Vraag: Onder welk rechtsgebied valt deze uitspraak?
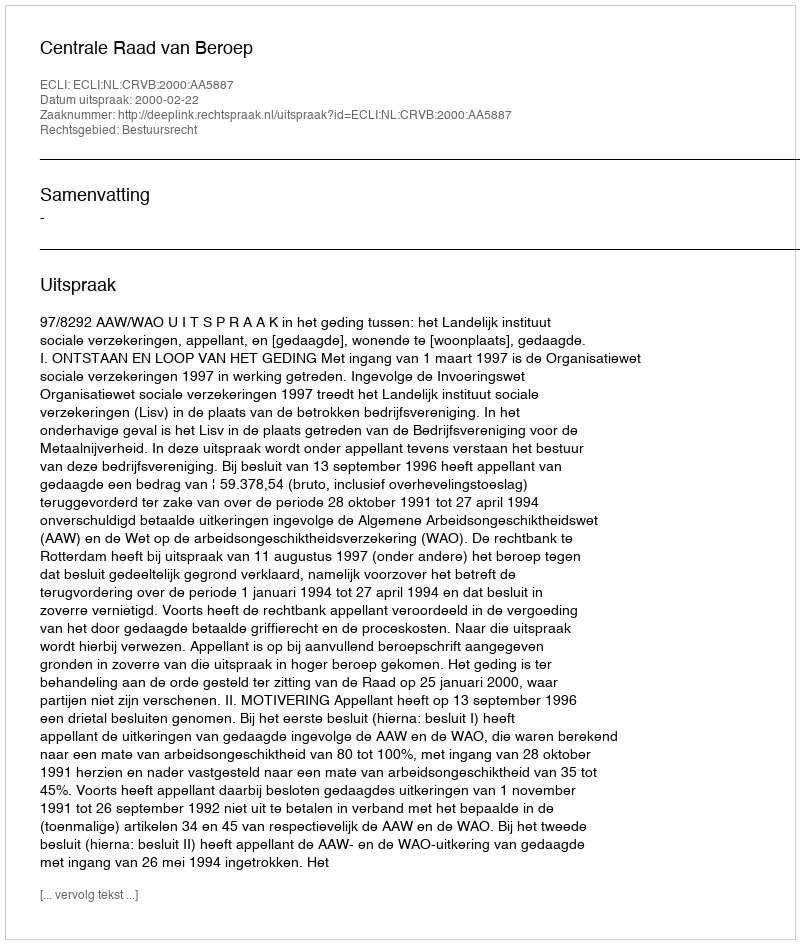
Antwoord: Bestuursrecht